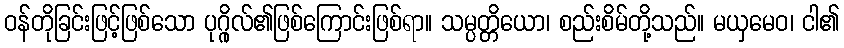
ဝန်တိုခြင်းဖြင့်ဖြစ်သော ပုဂ္ဂိုလ်၏ဖြစ်ကြောင်းဖြစ်ရာ။ သမ္ပတ္တိယော၊ စည်းစိမ်တို့သည်။ မယှမေဝ၊ ငါ၏